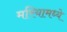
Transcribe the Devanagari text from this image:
मरियामध्ये